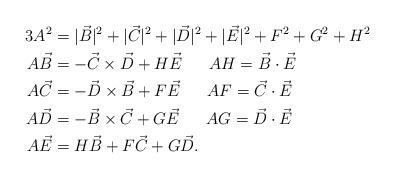
LaTeX: \begin{align*}3A^2&=|\vec{B}|^2+|\vec{C}|^2+|\vec{D}|^2+|\vec{E}|^2+F^2+G^2+H^2\\A\vec{B}&=-\vec{C}\times\vec{D}+H\vec{E}\ \ \ \ \ AH=\vec{B}\cdot \vec{E} \\A\vec{C}&=-\vec{D}\times\vec{B}+F\vec{E}\ \ \ \ \ AF=\vec{C}\cdot \vec{E} \\A\vec{D}&=-\vec{B}\times\vec{C}+G\vec{E}\ \ \ \ \ AG=\vec{D}\cdot \vec{E}\\A\vec{E}&=H\vec{B}+F\vec{C}+G\vec{D}.\end{align*}